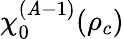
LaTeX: \chi_{0}^{(\mathit{A}-1)}(\rho_{c})